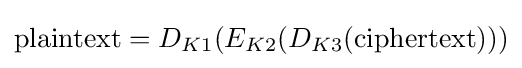
{\textrm {plaintext}}=D_{K1}(E_{K2}(D_{K3}({\textrm {ciphertext}})))